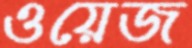
ওয়েজ